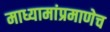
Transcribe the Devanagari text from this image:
माध्यामांप्रमाणेच